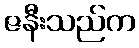
ဇနီးသည်က